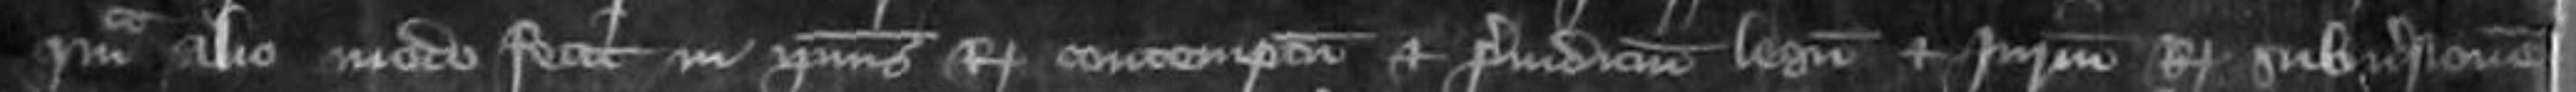
quam alio modo fecit in ipsius Regis contemptum et preiudicium legum et iurium Regis subversionem